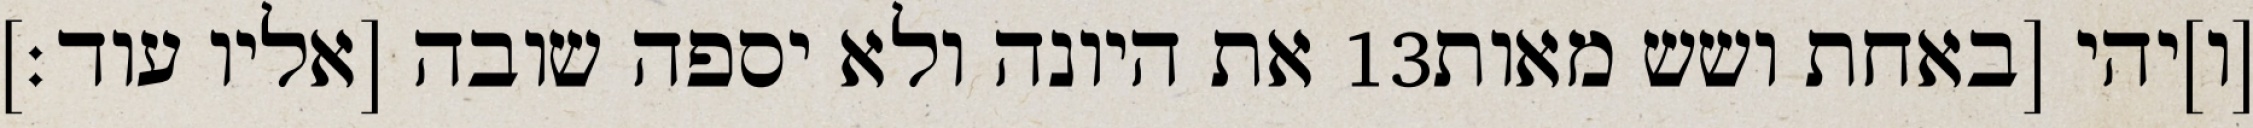
את היונה ולא יספה שובה [אליו עוד׃] ‎13‏ [ו]יהי [באחת ושש מאות